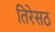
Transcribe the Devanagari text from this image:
तिरेसठ